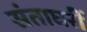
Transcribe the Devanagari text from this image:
संताघरीं